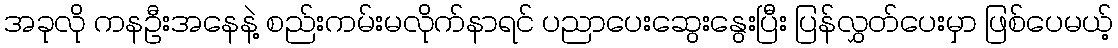
အခုလို ကနဦးအနေနဲ့ စည်းကမ်းမလိုက်နာရင် ပညာပေးဆွေးနွေးပြီး ပြန်လွှတ်ပေးမှာ ဖြစ်ပေမယ့်